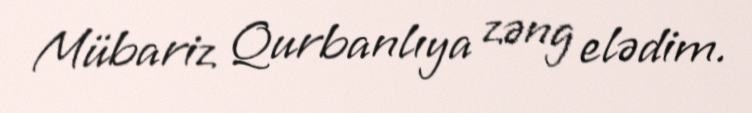
Mübariz Qurbanlıya zəng elədim.